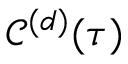
\mathscr { C } ^ { ( d ) } ( \tau )